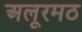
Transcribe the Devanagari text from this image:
अलूरमठ